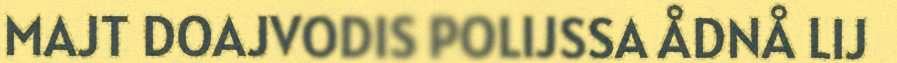
MAJT DOAJVODIS POLIJSSA ÅDNÅ LIJ